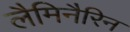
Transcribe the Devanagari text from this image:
लैमिनैरिन